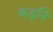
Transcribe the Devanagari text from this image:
कडुनि